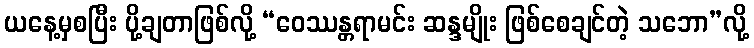
ယနေ့မှစပြီး ပို့ချတာဖြစ်လို့ “ဝေဿန္တရာမင်း ဆန္ဒမျိုး ဖြစ်စေချင်တဲ့ သဘော”လို့